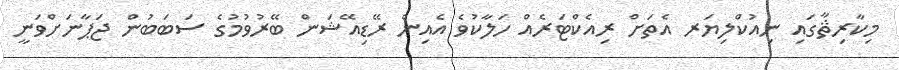
މިކާރިޘާގައި ނިއުކްލިޔަރ އެތަށް ރިއެކްޓަރެއް ހަލާކުވެ އެއިން ރޭޑިއޭޝަން ބޭރުވުމުގެ ސަބަބުން ޖަޕާނަށްވަނީ